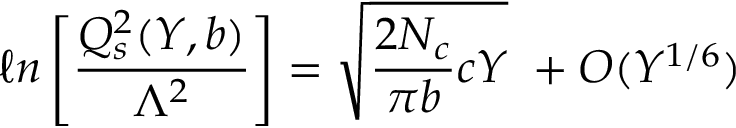
\ell n \left[ { \frac { Q _ { s } ^ { 2 } ( Y , b ) } { \Lambda ^ { 2 } } } \right] = { \sqrt { { \frac { 2 N _ { c } } { \pi b } } c Y } } \ + O ( Y ^ { 1 / 6 } )